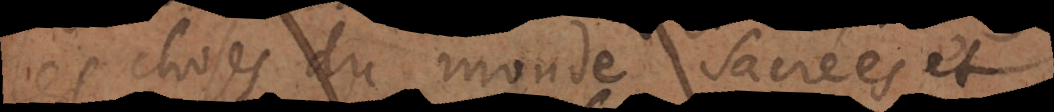
les choses du monde, sacrées et